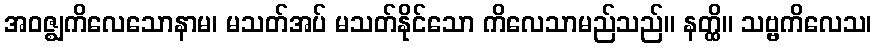
အဝဇ္ဈကိလေသောနာမ၊ မသတ်အပ် မသတ်နိုင်သော ကိလေသာမည်သည်။ နတ္ထိ။ သဗ္ဗကိလေသ၊